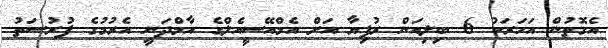
އެގޮތުން އަހަރަކު 6 ބިލިއަން ރުފިޔާ އަށް އެމްއޭސީއެލްގެ އާމްދަނީ އެރުމުގެ ފުރުސަތު